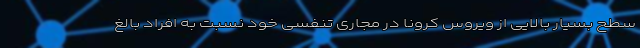
سطح بسیار بالایی از ویروس کرونا در مجاری تنفسی خود نسبت به افراد بالغ